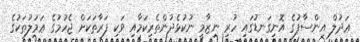
ޢަދުލް އިންސާފުގެ އޮނިގަނޑުގައި ހުރި ނިޒާމީ ނުކުޅެދުންތެރިކަމާއި ވަކި ފަރާތަކަށް ޖެހުމުގެ ޢަމަލުތަކުގެ